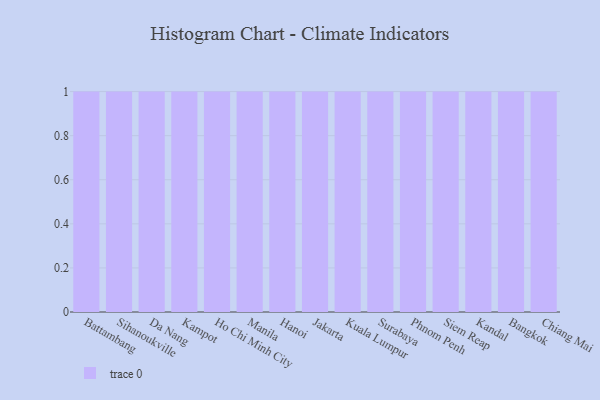
{"axis": {"x": "City", "y": "Waste Production (Tons)"}, "legend": [""], "data": [{"x": "Battambang", "y": 46, "type": ""}, {"x": "Sihanoukville", "y": 24, "type": ""}, {"x": "Da Nang", "y": 25, "type": ""}, {"x": "Kampot", "y": 95, "type": ""}, {"x": "Ho Chi Minh City", "y": 70, "type": ""}, {"x": "Manila", "y": 75, "type": ""}, {"x": "Hanoi", "y": 83, "type": ""}, {"x": "Jakarta", "y": 31, "type": ""}, {"x": "Kuala Lumpur", "y": 7, "type": ""}, {"x": "Surabaya", "y": 50, "type": ""}, {"x": "Phnom Penh", "y": 100, "type": ""}, {"x": "Siem Reap", "y": 70, "type": ""}, {"x": "Kandal", "y": 23, "type": ""}, {"x": "Bangkok", "y": 51, "type": ""}, {"x": "Chiang Mai", "y": 13, "type": ""}]}